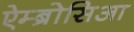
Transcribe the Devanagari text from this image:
ऐम्ब्रोसिआ